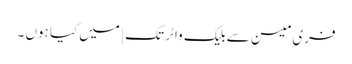
فری میسن سے بلیک واٹر تک | میں کیا ہوں ۔